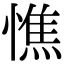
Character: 憔